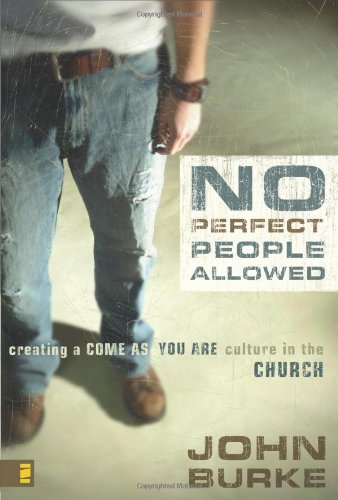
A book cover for No Perfect People Allowed: Creating a Come-as-You-Are Culture in the Church; John Burke; Christian Books & Bibles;